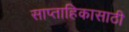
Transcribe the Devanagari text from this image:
साप्ताहिकासाठी